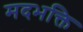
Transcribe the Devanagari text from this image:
मदभक्ति